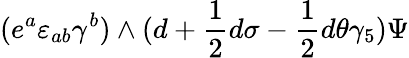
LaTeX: (e^{a}\varepsilon_{ab}\gamma^{b})\wedge(d+{\frac{1}{2}}d\sigma-{\frac{1}{2}}d\theta\gamma_{5})\Psi